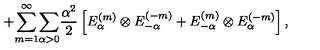
+ { \sum _ { m = 1 } ^ { \infty } } { \sum _ { \alpha > 0 } } \frac { \alpha ^ { 2 } } { 2 } \left[ E _ { \alpha } ^ { ( m ) } \otimes E _ { - \alpha } ^ { ( - m ) } + E _ { - \alpha } ^ { ( m ) } \otimes E _ { \alpha } ^ { ( - m ) } \right] , \quad \quad \quad \quad \quad \quad \quad \quad \quad \quad